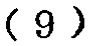
\((9)\)